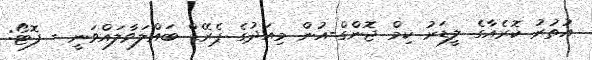
އުތުރު ކޮރެއާގެ ލީޑަރު ކިމް ޖޮންގް-އުން މިއަދުގެ ޕެރޭޑް ބައްލަވާލައްވަނީ - ފޮޓޯ: